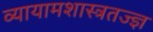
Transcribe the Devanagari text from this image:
व्यायामशास्त्रतज्ज्ञ